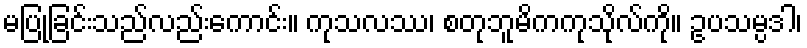
မပြုခြင်းသည်လည်းကောင်း။ ကုသလဿ၊ စတုဘူမိကကုသိုလ်ကို။ ဥပသမ္ပဒါ၊